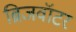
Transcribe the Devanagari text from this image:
ब्रिजवॉटर